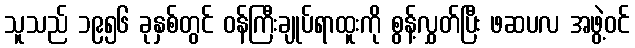
သူသည် ၁၉၅၆ ခုနှစ်တွင် ဝန်ကြီးချုပ်ရာထူးကို စွန့်လွှတ်ပြီး ဖဆပလ အဖွဲ့ဝင်